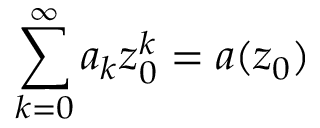
\sum _ { k = 0 } ^ { \infty } a _ { k } z _ { 0 } ^ { k } = a ( z _ { 0 } )